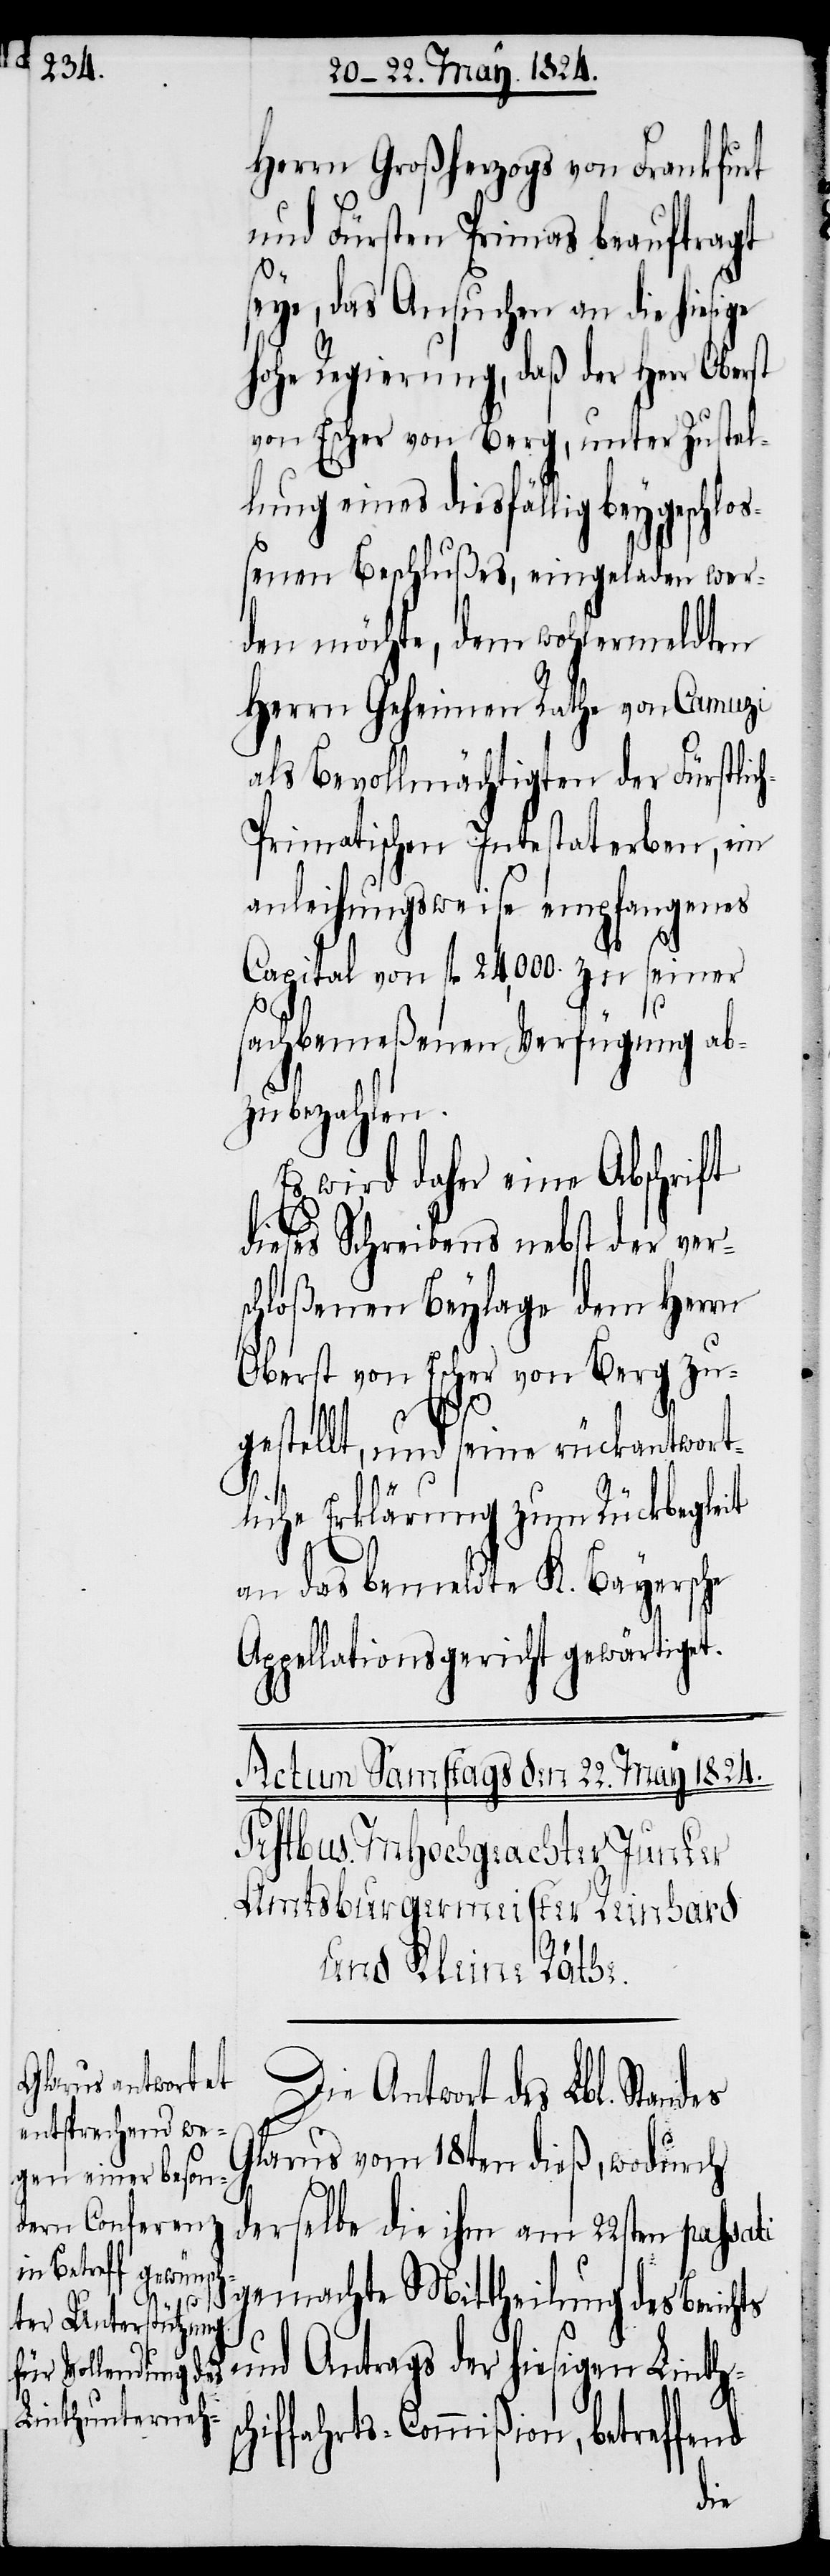
Herrn Großherzogs von Frankfurt
und Fürsten Primas beauftragt
seye, das Ansuchen an die hiesige
hohe Regierung, daß der Herr Oberst
von Escher von Berg, unter Zustel¬
lung eines diesfällig bey geschloß¬
enen Beschlußes, eingeladen wer¬
den möchte, dem wohlermeldten
Herrn Geheimen Rathe von Camuzi
als Bevollmächtigten der Fürstlic¬
h-Primatischen Intestaterben, ein
anleihungsweise empfangenes
Capital von fl. 24'000 zu seiner
sachbemeßenen Verfügung ab¬
zubezahlen.
Es wird daher eine Abschrift
dieses Schreibens nebst der vers¬
chloßenen Beylage dem Herrn
Oberst von Escher von Berg zu¬
sc¬
ts
gestellt, und seine rückantwort¬
liche Erklärung zum Rückbegleit
an das bemeldte K. Bayersche
Appellationsgericht gewärtiget.
Die Antwort des Lbl. Standes
Glarus vom 18ten dieß, wodurch
derselbe die ihm am 22sten passati
gemachte Mittheilung des Berich¬
und Antrags der hiesigen Linth¬
hiffahrts-Commißion, betreffend